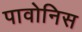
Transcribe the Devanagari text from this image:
पावोनिस